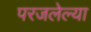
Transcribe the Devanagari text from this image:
परजलेल्या